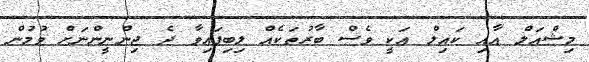
މިޝްއަލް އާއި ކައިލް އަކީ ވެސް ބާރުތަކެއް ލިބިފައިވާ ދެ ޖިންނީންނަށް ވުމުން